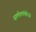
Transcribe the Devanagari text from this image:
सालीलॉकीज़